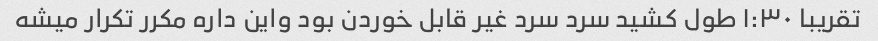
تقریبا ۱:۳۰ طول کشید سرد سرد غیر قابل خوردن بود واین داره مکرر تکرار میشه